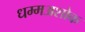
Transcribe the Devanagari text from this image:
धम्मअशोक